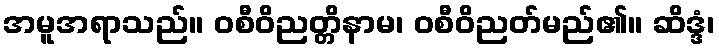
အမူအရာသည်။ ဝစီဝိညတ္တိနာမ၊ ဝစီဝိညတ်မည်၏။ ဆိဒ္ဒံ၊